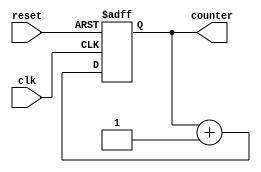
module Counter (
    input wire clk,
    input wire reset,
    output reg [7:0] counter
);

always @ (posedge clk or posedge reset) begin
    if (reset) begin
        counter <= 0;
    end else begin
        counter <= counter + 1;
    end
end

endmodule